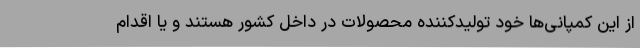
از این کمپانی‌ها خود تولیدکننده محصولات در داخل کشور هستند و یا اقدام